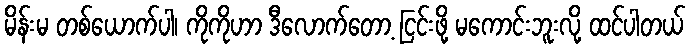
မိန်းမ တစ်ယောက်ပါ၊ ကိုကိုဟာ ဒီလောက်တော့ ငြင်းဖို့ မကောင်းဘူးလို့ ထင်ပါတယ်